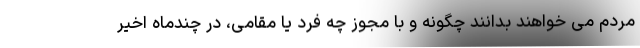
مردم می خواهند بدانند چگونه و با مجوز چه فرد یا مقامی، در چندماه اخیر